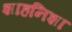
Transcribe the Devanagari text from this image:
शाहनिशा